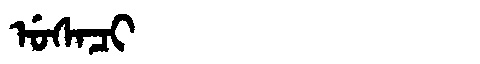
Manchu: ᡠᠰᠠᠴᡳ
Romanization: USACI